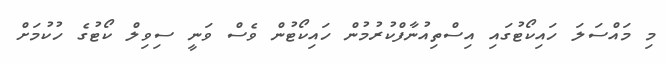
މި މައްސަލަ ހައިކޯޓުގައި އިސްތިއުނާފްކުރުމުން ހައިކޯޓުން ވެސް ވަނީ ސިވިލް ކޯޓުގެ ހުކުމަށް